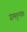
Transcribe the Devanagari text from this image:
ग्रामतुल्यांक